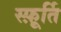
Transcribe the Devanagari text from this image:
स्फ़ूर्ति